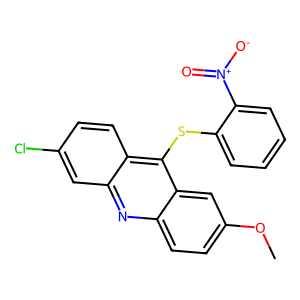
SMILES: COc1ccc2nc3cc(Cl)ccc3c(Sc3ccccc3[N+](=O)[O-])c2c1
Inhibits HIV replication: No